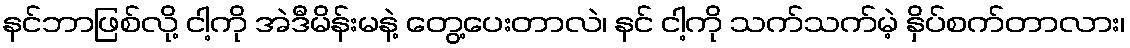
နင်ဘာဖြစ်လို့ ငါ့ကို အဲဒီမိန်းမနဲ့ တွေ့ပေးတာလဲ၊ နင် ငါ့ကို သက်သက်မဲ့ နှိပ်စက်တာလား၊